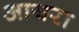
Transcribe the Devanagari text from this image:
आयरा